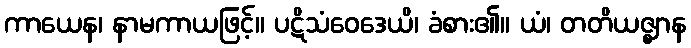
ကာယေန၊ နာမကာယဖြင့်။ ပဋိသံဝေဒေယိ၊ ခံစား၏။ ယံ၊ တတိယဇ္ဈာန